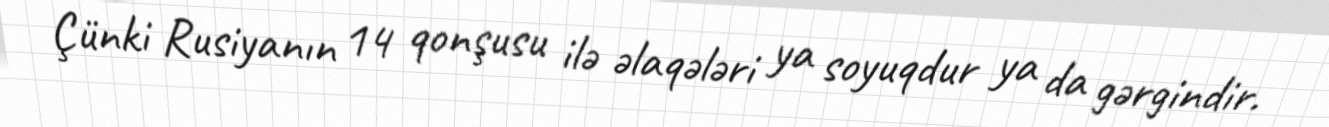
Çünki Rusiyanın 14 qonşusu ilə əlaqələri ya soyuqdur ya da gərgindir.